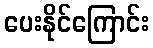
ပေးနိုင်ကြောင်း